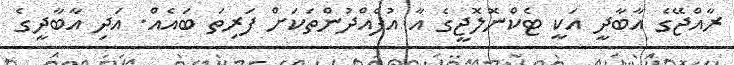
ރާއްޖޭގެ އާބާދީ އަކީ ޓެކްނޮލޮޖީގެ އާ އުފެއްދުންތަކަށް ފަރިތަ ބައެއް. އަދި އާބާދީގެ